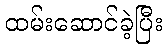
ထမ်းဆောင်ခဲ့ပြီး